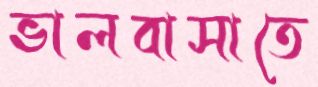
ভালবাসাতে